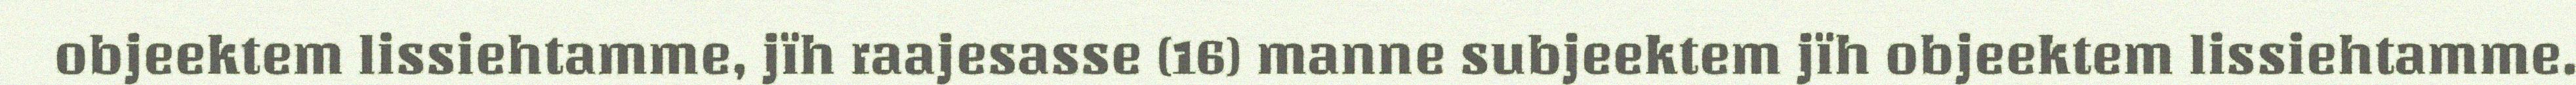
objeektem lissiehtamme, jïh raajesasse (16) manne subjeektem jïh objeektem lissiehtamme.